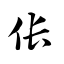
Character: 伥